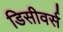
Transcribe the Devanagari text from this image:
डिसीवर्स